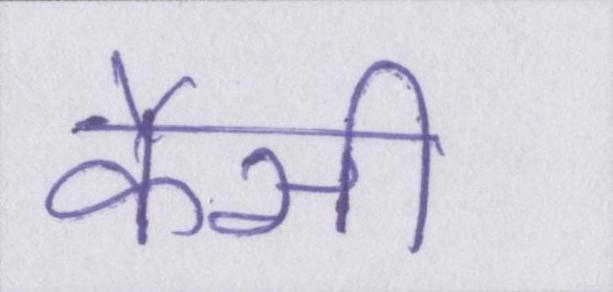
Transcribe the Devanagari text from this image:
कैसी